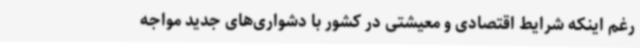
رغم اینکه شرایط اقتصادی و معیشتی در کشور با دشواری‌های جدید مواجه